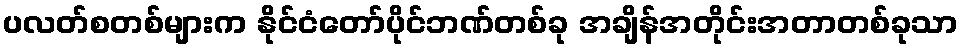
ပလတ်စတစ်များက နိုင်ငံတော်ပိုင်ဘဏ်တစ်ခု အချိန်အတိုင်းအတာတစ်ခုသာ